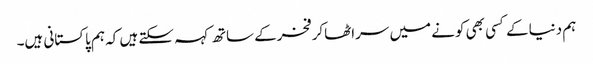
ہم دنیاکے کسی بھی کونے میں سراٹھاکرفخرکے ساتھ کہہ سکتے ہیں کہ ہم پاکستانی ہیں۔